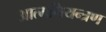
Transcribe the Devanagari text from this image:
आत्मनियन्त्रण